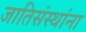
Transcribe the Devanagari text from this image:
जातिसंस्थांना